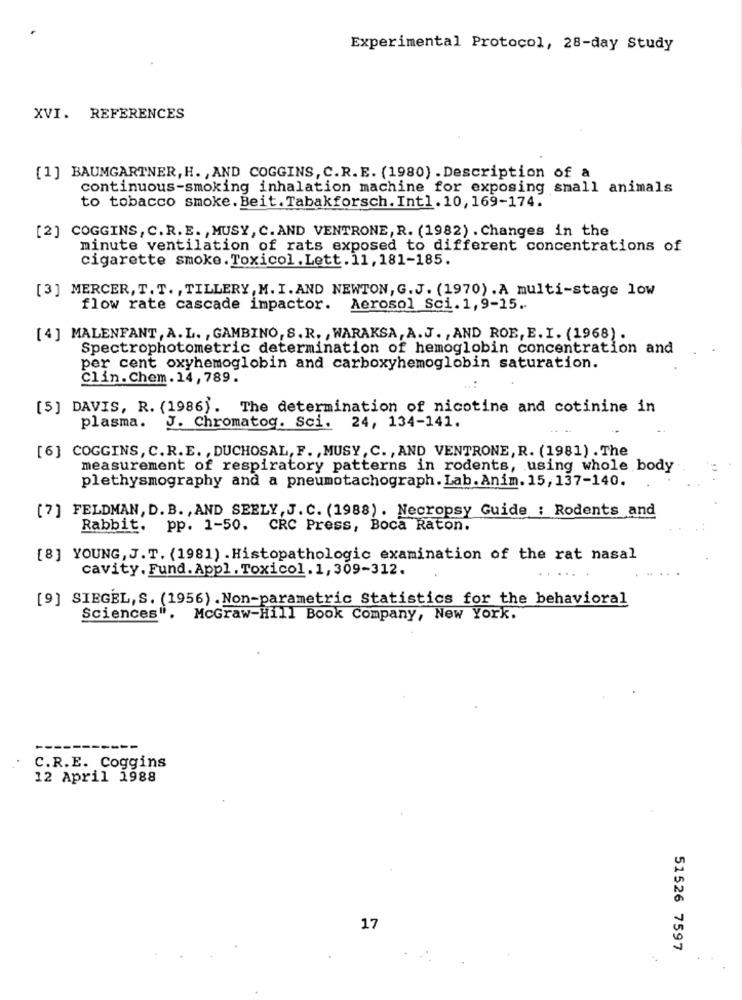
Experimental Protocol, 28-day Study
XVI. REFERENCES
[1] BAUMGARTNER, H. , AND COGGINS, C.R. E. (1980) . Description of a
continuous-smoking inhalation machine for exposing small animals
to tobacco smoke. Beit. Tabakforsch. Int1.10, 169-174.
[2] COGGINS, C. R. E. , MUSY , C. AND VENTRONE, R. (1982) . Changes in the
minute ventilation of rats exposed to different concentrations of
cigarette smoke. Toxicol . Lett. 11, 181-185.
[3] MERCER, T. T. , TILLERY, M. I. AND NEWTON, G. J. (1970) .A multi-stage low
flow rate cascade impactor. Aerosol Sci.1,9-15.
[4] MALENFANT, A. L. , GAMBINO, S. R. , WARAKSA, A. J. , AND ROE, E. I. (1968) .
Spectrophotometric determination of hemoglobin concentration and
per cent oxyhemoglobin and carboxyhemoglobin saturation.
Clin.Chem. 14, 789.
[5] DAVIS, R. (1986). The determination of nicotine and cotinine in
plasma.
J. Chromatog. Sci. 24, 134-141.
[6] COGGINS, C. R.E. , DUCHOSAL, F. , MUSY, C. , AND VENTRONE, R. (1981) . The
measurement of respiratory patterns in rodents, using whole body
plethysmography and a pneumotachograph. Lab. Anim. 15, 137-140.
[7] FELDMAN, D. B. , AND SEELY, J. C. (1988) . Necropsy Guide : Rodents and
Rabbit.
pp. 1-50. CRC Press, Boca Raton.
[8] YOUNG, J. T. (1981) . Histopathologic examination of the rat nasal
cavity. Fund. Appl . Toxicol. 1, 309-312.
[9] SIEGEL, S. (1956) . Non-parametric Statistics for the behavioral
Sciences". McGraw-Hill Book Company, New York.
C.R.E. Coggins
12 April 1988
17
51526 7597